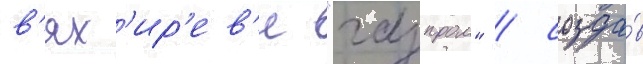
в'ях'ир'ев'е "газпром" / созда́в